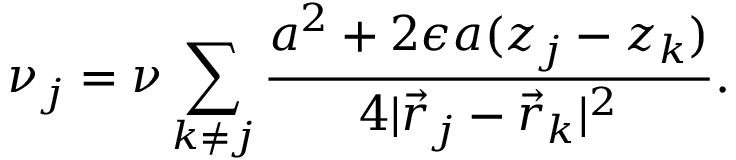
\nu _ { j } = \nu \sum _ { k \ne j } \frac { a ^ { 2 } + 2 \epsilon a ( z _ { j } - z _ { k } ) } { 4 | \vec { r } _ { j } - \vec { r } _ { k } | ^ { 2 } } .